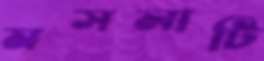
মসলাটি